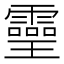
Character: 𤫊